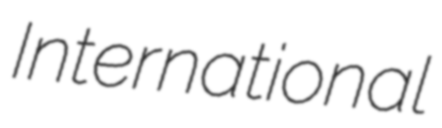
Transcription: International